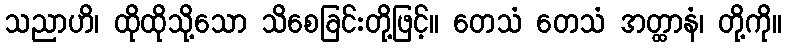
သညာဟိ၊ ထိုထိုသို့သော သိစေခြင်းတို့ဖြင့်။ တေသံ တေသံ အတ္ထာနံ၊ တို့ကို။